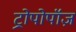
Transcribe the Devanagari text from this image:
ट्रोपोपॉज़